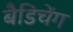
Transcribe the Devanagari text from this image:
बैडिचेंग